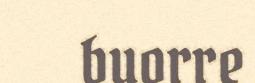
buorre